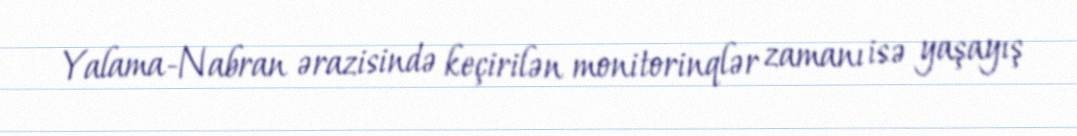
Yalama-Nabran ərazisində keçirilən monitorinqlər zamanı isə yaşayış